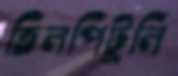
তিলপিটুলি